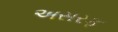
અસરફ